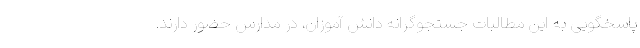
پاسخگویی به این مطالبات جستجوگرانه دانش آموزان، در مدارس حضور دارند.